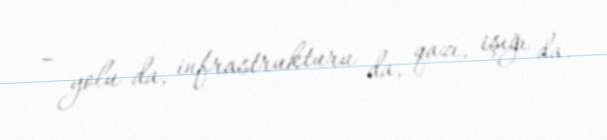
– yolu da, infrastrukturu da, qazı, işığı da.